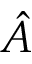
\hat { A }